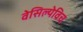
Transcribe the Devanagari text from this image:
वेसिल्येविच